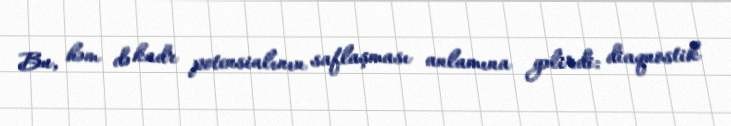
Bu, həm də kadr potensialının saflaşması anlamına gəlirdi: diaqnostik